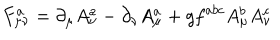
F _ { \mu \nu } ^ { a } = \partial _ { \mu } A _ { \nu } ^ { a } - \partial _ { \nu } A _ { \mu } ^ { a } + g f ^ { a b c } A _ { \mu } ^ { b } A _ { \nu } ^ { c }